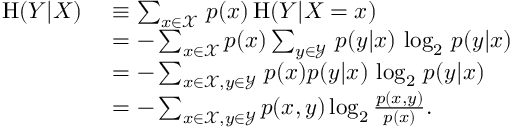
{ \begin{array} { r l } { \mathrm { H } ( Y | X ) \ } & { \equiv \sum _ { x \in { \mathcal { X } } } \, p ( x ) \, \mathrm { H } ( Y | X = x ) } \\ & { = - \sum _ { x \in { \mathcal { X } } } p ( x ) \sum _ { y \in { \mathcal { Y } } } \, p ( y | x ) \, \log _ { 2 } \, p ( y | x ) } \\ & { = - \sum _ { x \in { \mathcal { X } } , y \in { \mathcal { Y } } } \, p ( x ) p ( y | x ) \, \log _ { 2 } \, p ( y | x ) } \\ & { = - \sum _ { x \in { \mathcal { X } } , y \in { \mathcal { Y } } } p ( x , y ) \log _ { 2 } { \frac { p ( x , y ) } { p ( x ) } } . } \end{array} }